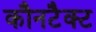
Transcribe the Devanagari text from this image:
कौनटैक्ट